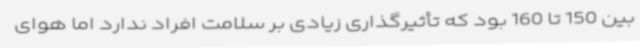
بین 150 تا 160 بود که تأثیرگذاری زیادی بر سلامت افراد ندارد اما هوای